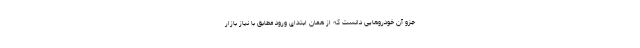
جزو آن خودروهایی دانست که از همان ابتدای ورود مطابق با نیاز بازار